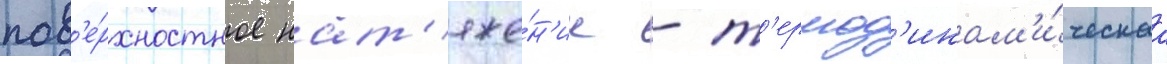
пов'е́рхностное нат'яже́н'ие - т'ермод'инам'и́ческаа